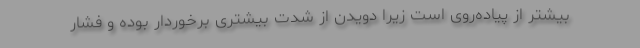
بیشتر از پیاده‌روی است زیرا دویدن از شدت بیشتری برخوردار بوده و فشار